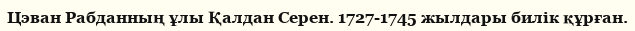
Цэван Рабданның ұлы Қалдан Серен. 1727-1745 жылдары билік құрған.